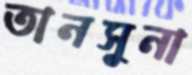
তানসুনা